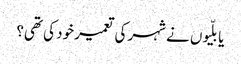
یا بلّیوں نے شہر کی تعمیر خود کی تھی؟